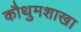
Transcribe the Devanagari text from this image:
कौथुमशाखा